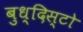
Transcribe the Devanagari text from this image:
बुध्दिस्टो